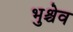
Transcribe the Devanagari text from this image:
भुश्चेव